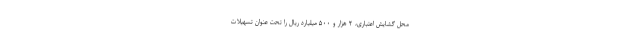
محل گشایش اعتباری، ۲ هزار و ۵۰۰ میلیارد ریال را تحت عنوان تسهیلات